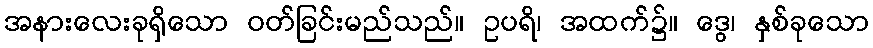
အနားလေးခုရှိသော ဝတ်ခြင်းမည်သည်။ ဥပရိ၊ အထက်၌။ ဒွေ၊ နှစ်ခုသော